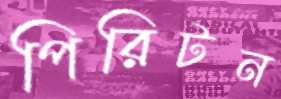
পিরিটন